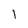
Character: 1